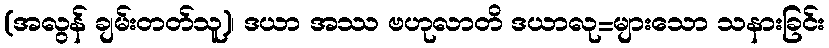
(အလွန် ချမ်းတတ်သူ)၊ ဒယာ အဿ ဗဟုလာတိ ဒယာလု=များသော သနားခြင်း